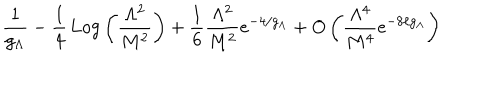
\frac { 1 } { g _ { \Lambda } } - \frac { 1 } { 4 } \, \mathrm { L o g } \left( \frac { \Lambda ^ { 2 } } { M ^ { 2 } } \right) + \frac { 1 } { 6 } \frac { \Lambda ^ { 2 } } { M ^ { 2 } } e ^ { - 4 / g _ { \Lambda } } + O \left( \frac { \Lambda ^ { 4 } } { M ^ { 4 } } e ^ { - 8 / g _ { \Lambda } } \right)